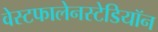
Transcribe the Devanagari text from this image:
वेस्टफालेनस्टेडियॉन